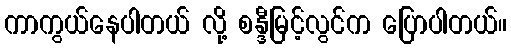
ကာကွယ်နေပါတယ် လို့ စန္ဒီမြင့်လွင်က ပြောပါတယ်။